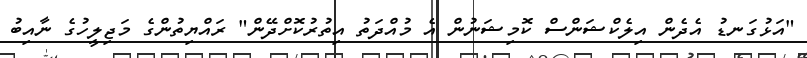
"އަޅުގަނޑު އެދެން އިލެކްޝަންސް ކޮމިޝަނުން އެ މުއްދަތު އިތުރުކޮށްދޭން" ރައްޔިތުންގެ މަޖިލީހުގެ ނާއިބު